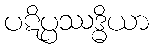
ပဋိပ္ပဿဒ္ဓိယာ